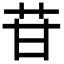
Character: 苷